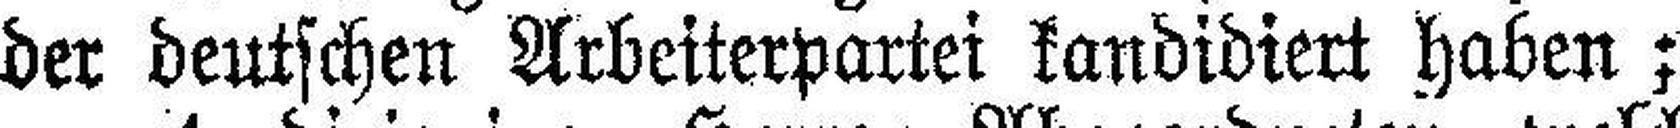
der deutschen Arbeiterpartei kandidiert haben;